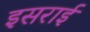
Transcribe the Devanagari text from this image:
इसराई